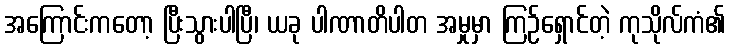
အကြောင်းကတော့ ပြီးသွားပါပြီ၊ ယခု ပါဏာတိပါတ အမှုမှာ ကြဉ်ရှောင်တဲ့ ကုသိုလ်ကံ၏